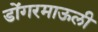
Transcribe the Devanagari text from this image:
डोंगरमाऊली